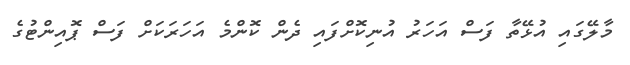
މާލޭގައި އުޅޭތާ ފަސް އަހަރު އުނިކޮށްފައި ދެން ކޮންމެ އަހަރަކަށް ފަސް ޕޮއިންޓުގެ